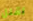
أقلل